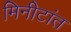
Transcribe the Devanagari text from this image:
मिनीटांत